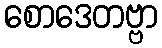
စောဒေတဗ္ဗာ